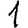
Digit: 1